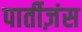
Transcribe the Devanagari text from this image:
पार्तीज़ंस